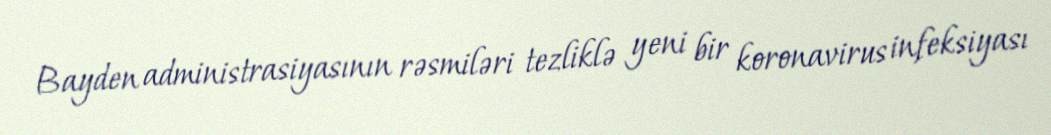
Bayden administrasiyasının rəsmiləri tezliklə yeni bir koronavirus infeksiyası